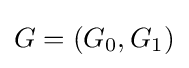
G=(G_{0},G_{1})